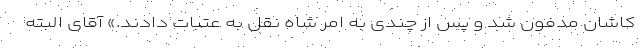
کاشان مدفون شد و پس از چندی به امر شاه نقل به عتبات دادند.» آقای البته